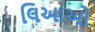
લિઆઓ